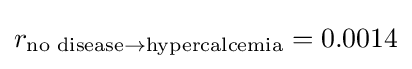
r_{{\text{no disease}}\rightarrow {\text{hypercalcemia}}}=0.0014